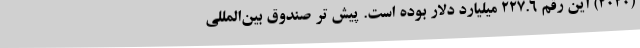
(۲۰۲۰) این رقم ۲۲۷.۶ میلیارد دلار بوده است. پیش تر صندوق بین‌المللی